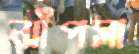
ঝাঁপসা